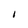
Character: I